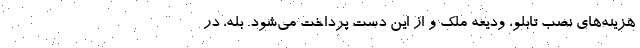
هزینه­های نصب تابلو، ودیعه ملک و از این دست پرداخت می­شود. بله، در